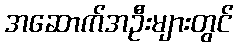
အဆောက်အဦးများတွင်